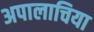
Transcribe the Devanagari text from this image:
अपालाचिया